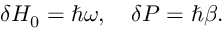
\delta H _ { 0 } = \hbar \omega , \quad \delta P = \hbar \beta .